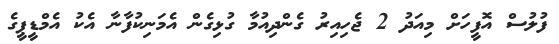
ފުލުސް އޮފީހަށް މިއަދު 2 ޖެހިއިރު ގެންދިއުމާ ގުޅިގެން އެމަނިކުފާނާ އެކު އެމްޑީޕީގެ